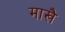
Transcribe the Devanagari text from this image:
माखै